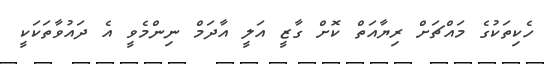
ހެކިތަކުގެ މައްޗަށް ރިޔާއަތް ކޮށް ގާޒީ އަލީ އާދަމް ނިންމެވީ އެ ދައުވާތަކަކީ